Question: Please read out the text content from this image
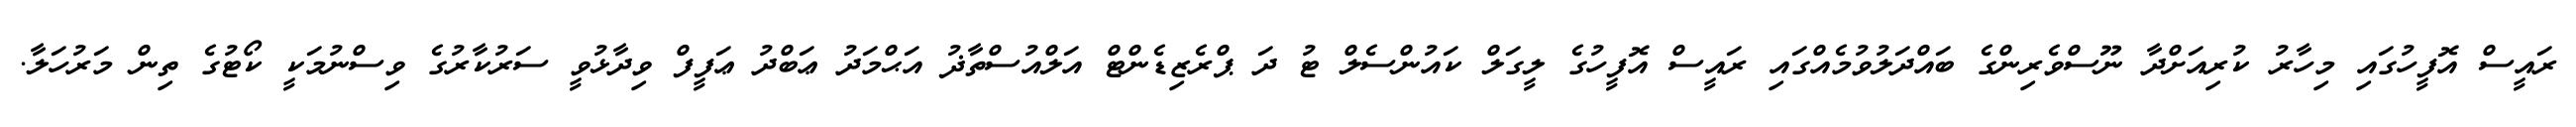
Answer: ރައީސް އޮފީހުގައި މިހާރު ކުރިއަށްދާ ނޫސްވެރިންގެ ބައްދަލުވުމެއްގައި ރައީސް އޮފީހުގެ ލީގަލް ކައުންސެލް ޓު ދަ ޕްރެޒިޑެންޓް އަލްއުސްތާޛު އަޙްމަދު ޢަބްދު ޢަފީފް ވިދާޅުވީ ސަރުކާރުގެ ވިސްނުމަކީ ކޯޓުގެ ތިން މަރުހަލާ.